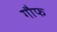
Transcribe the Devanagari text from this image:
गौफ